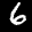
Digit: 6